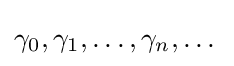
\gamma _{0},\gamma _{1},\dotsc ,\gamma _{n},\dotsc